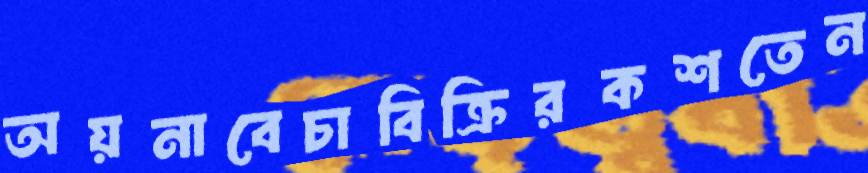
অয়নাবেচাবিক্রিরকশতেন